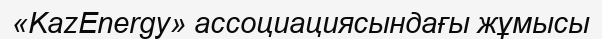
«KazEnergy» ассоциациясындағы жұмысы